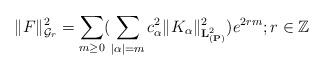
LaTeX: \begin{align*} \|F\|^2_{\mathcal{G}_r}=\sum_{m\geq0}(\sum_{|\alpha|=m}c^2_{\alpha}\|K_{\alpha}\|^2_{\mathbf{L}^2_{(\mathbf{P})}})e^{2rm}; r \in\mathbb{Z}\end{align*}